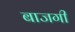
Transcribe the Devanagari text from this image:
बाजगी